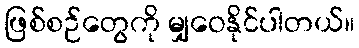
ဖြစ်စဉ်တွေကို မျှဝေနိုင်ပါတယ်။